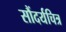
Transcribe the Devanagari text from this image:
सौंदर्यचित्र